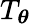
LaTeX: T_{\boldsymbol{\theta}}